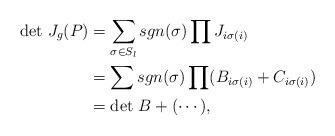
LaTeX: \begin{align*}\mbox{det } J_g(P) &= \sum_{\sigma\in S_l} sgn(\sigma) \prod J_{i\sigma (i)}\\ &= \sum sgn(\sigma ) \prod (B_{i\sigma (i)}+ C_{i\sigma (i)})\\ &= \mbox{det }B + (\cdots), \end{align*}